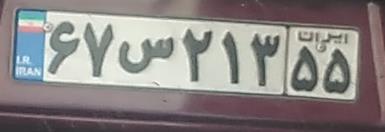
۶۷س۲۱۳۵۵